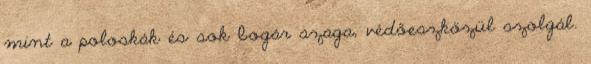
mint a poloskák és sok bogár szaga, védőeszközül szolgál.